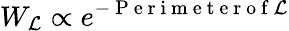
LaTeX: W_{\mathcal{L}}\propto e^{-\mathrm{~P~e~r~i~m~e~t~e~r~o~f~}\mathcal{L}}